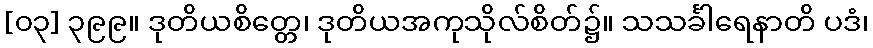
[၀၃] ၃၉၉။ ဒုတိယစိတ္တေ၊ ဒုတိယအကုသိုလ်စိတ်၌။ သသင်္ခါရေနာတိ ပဒံ၊